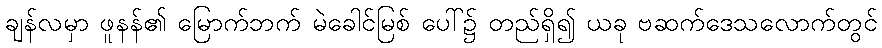
ချန်လမှာ ဖူနန်၏ မြောက်ဘက် မဲခေါင်မြစ် ပေါ်၌ တည်ရှိ၍ ယခု ဗဆက်ဒေသလောက်တွင်